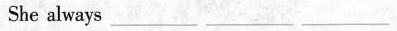
She always ___ ___ ___